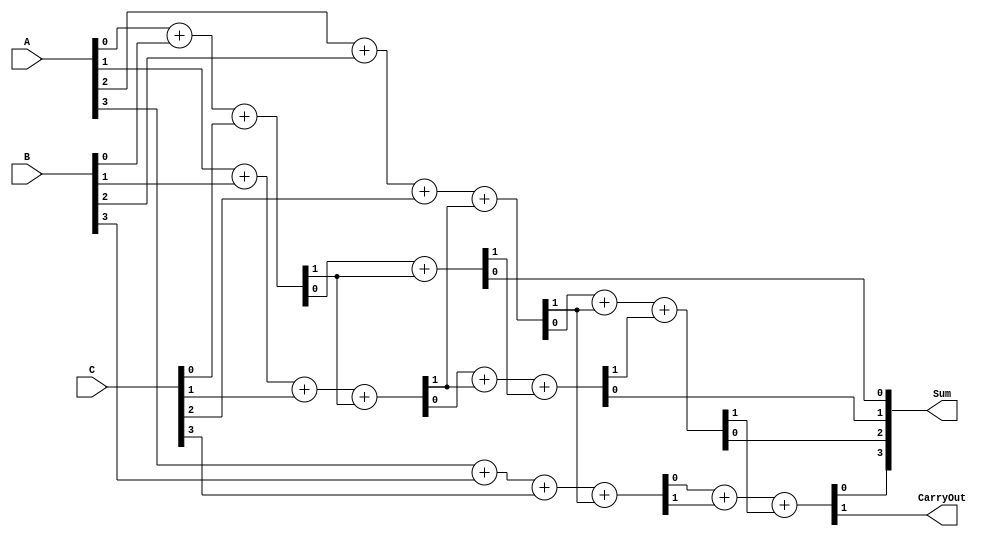
module CarrySaveAdder (
    input [3:0] A,      // First operand
    input [3:0] B,      // Second operand
    input [3:0] C,      // Third operand
    output [3:0] Sum,   // Final sum output
    output CarryOut      // Final carry output
);

    wire [3:0] sum1, carry1;
    wire [3:0] sum2, carry2;
    wire [3:0] final_sum;
    wire final_carry;

    // First stage of Full Adders
    assign {carry1[0], sum1[0]} = A[0] + B[0] + C[0];
    assign {carry1[1], sum1[1]} = A[1] + B[1] + C[1] + carry1[0];
    assign {carry1[2], sum1[2]} = A[2] + B[2] + C[2] + carry1[1];
    assign {carry1[3], sum1[3]} = A[3] + B[3] + C[3] + carry1[2];

    // Second stage of Full Adders for carry propagation
    assign {carry2[0], sum2[0]} = sum1[0] + carry1[0];
    assign {carry2[1], sum2[1]} = sum1[1] + carry1[1] + carry2[0];
    assign {carry2[2], sum2[2]} = sum1[2] + carry1[2] + carry2[1];
    assign {carry2[3], sum2[3]} = sum1[3] + carry1[3] + carry2[2];

    // Final output
    assign final_sum = sum2;
    assign final_carry = carry2[3];

    assign Sum = final_sum;
    assign CarryOut = final_carry;

endmodule